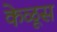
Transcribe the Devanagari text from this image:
केळूस